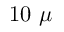
1 0 ~ \mu